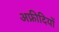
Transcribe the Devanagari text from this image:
अफ्रीदियों